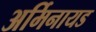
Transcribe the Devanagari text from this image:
अर्मिनायड